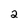
Character: 2